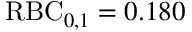
\mathrm { R B C } _ { 0 , 1 } = 0 . 1 8 0